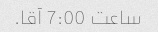
ساعت 7:00 آقا.